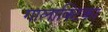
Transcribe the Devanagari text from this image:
गालाक्टिका